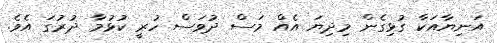
އަނިޔާއަކާ ގުޅިގެން މިދިޔަ އެއް މަސް ދުވަސް ހުރީ ކުޅުމާ ދުރުގަ އެވެ.